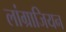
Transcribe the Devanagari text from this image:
लांग्राजियन